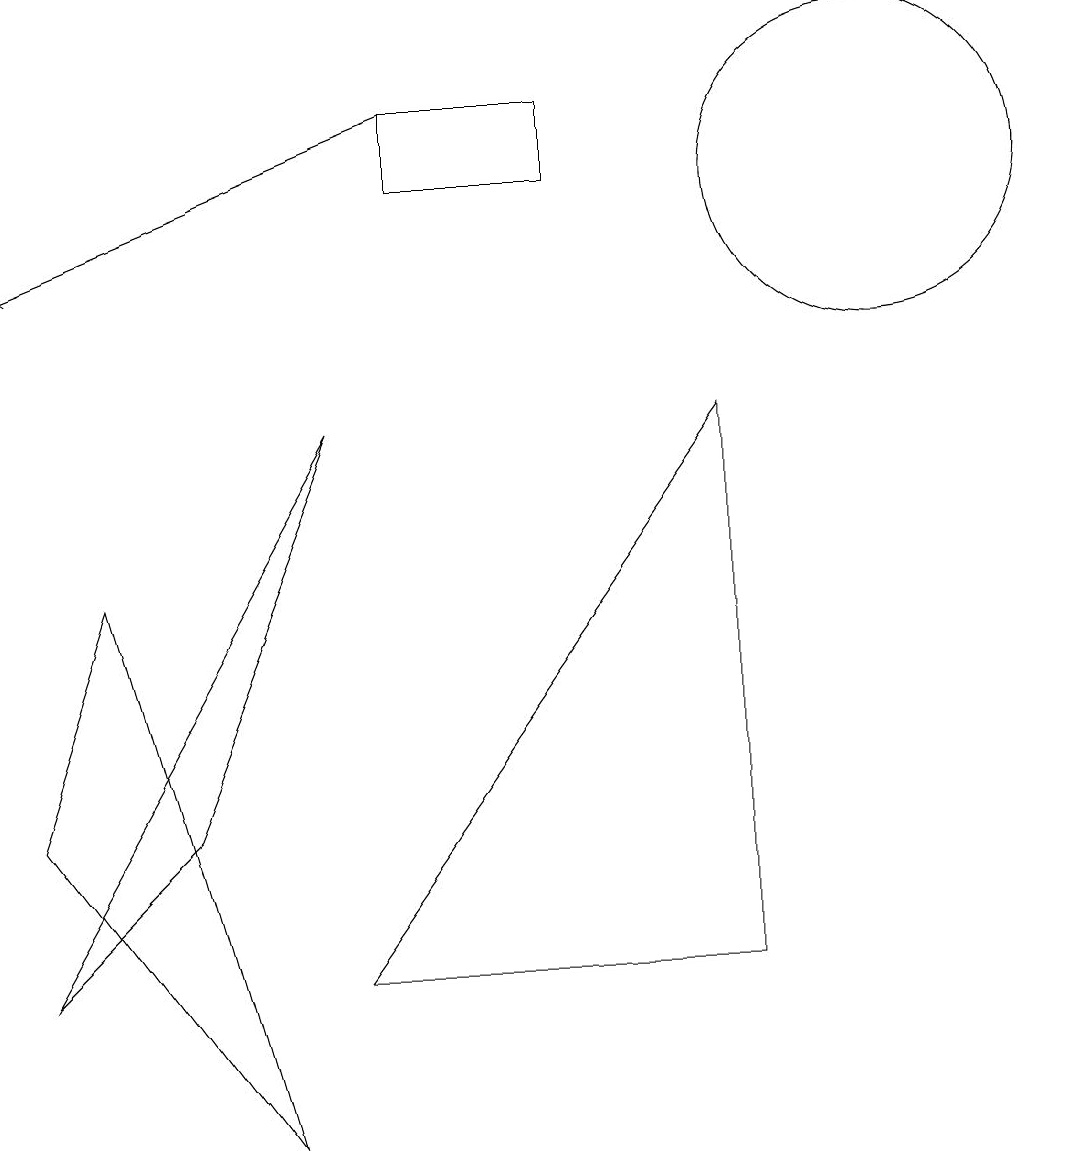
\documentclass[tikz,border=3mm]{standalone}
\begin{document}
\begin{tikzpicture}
\draw (11,12) circle (2);
\draw (9,2) -- (9,9) -- (4,2) -- cycle;
\draw (7,12) rectangle (5,13);
\draw[->] (5,13) -- (0,11);
\draw (0,2) -- (4,9) -- (2,4) -- cycle;
\draw (0,4) -- (3,0) -- (1,7) -- cycle;
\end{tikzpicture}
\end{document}